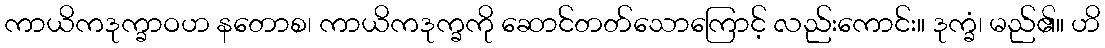
ကာယိကဒုက္ခာဝဟ နတောစ၊ ကာယိကဒုက္ခကို ဆောင်တတ်သောကြောင့် လည်းကောင်း။ ဒုက္ခံ၊ မည်၏။ ဟိ